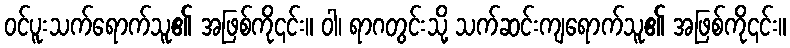
ဝင်ပူးသက်ရောက်သူ၏ အဖြစ်ကို၎င်း။ ဝါ၊ ရာဂတွင်းသို့ သက်ဆင်းကျရောက်သူ၏ အဖြစ်ကို၎င်း။